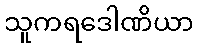
သူကရဒေါဏိယာ